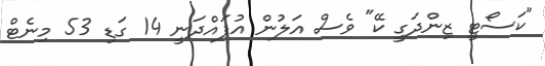
"ކަސޯޓީ ޒިންދަގީ ކޭ" ވެސް އަލުން އުފައްދަނީ 14 ގަޑި 53 މިނެޓް